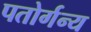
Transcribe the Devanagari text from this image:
पतोर्गन्य